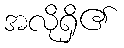
အလိုရှိ၏